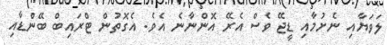
ލަވަޔާއި ނެށުމާއި ޑީޖޭ ވެސް އެރޭ އޮންނާނެ އެވެ. އެގޮތުން ޓްރައިބް ބޭންޑާއި